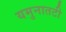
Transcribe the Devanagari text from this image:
यमुनातटी